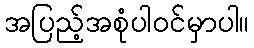
အပြည့်အစုံပါဝင်မှာပါ။